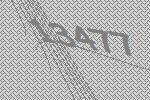
13477